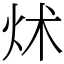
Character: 炢